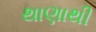
થાણાથી